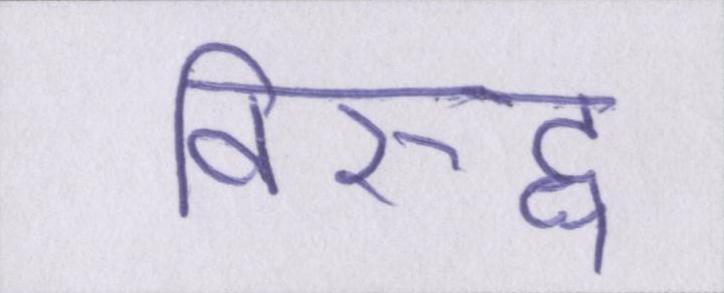
विरुद्ध